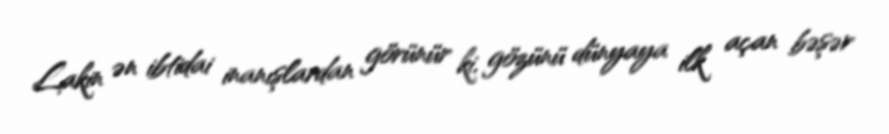
Lakin ən ibtidai inanışlardan görünür ki, gözünü dünyaya ilk açan bəşər